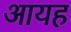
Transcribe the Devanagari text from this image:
आयह